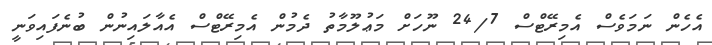
އެހެން ނަމަވެސް އެމިރޭޓްސް 24/7 ނޫހަށް މަޢުލޫމާތު ދެމުން އެމިރޭޓްސް އެއާލައިނުން ބުނެފައިވަނީ